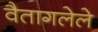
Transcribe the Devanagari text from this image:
वैतागलेले